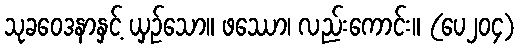
သုခဝေဒနာနှင့် ယှဉ်သော။ ဖဿော၊ လည်းကောင်း။ (ပေ၂၀၄)